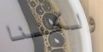
ولكننا